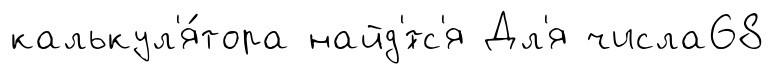
калькул'я́тора найд'́тс'я Дл'я числа68